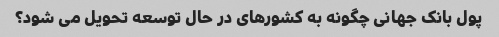
پول بانک جهانی چگونه به کشورهای در حال توسعه تحویل می شود؟